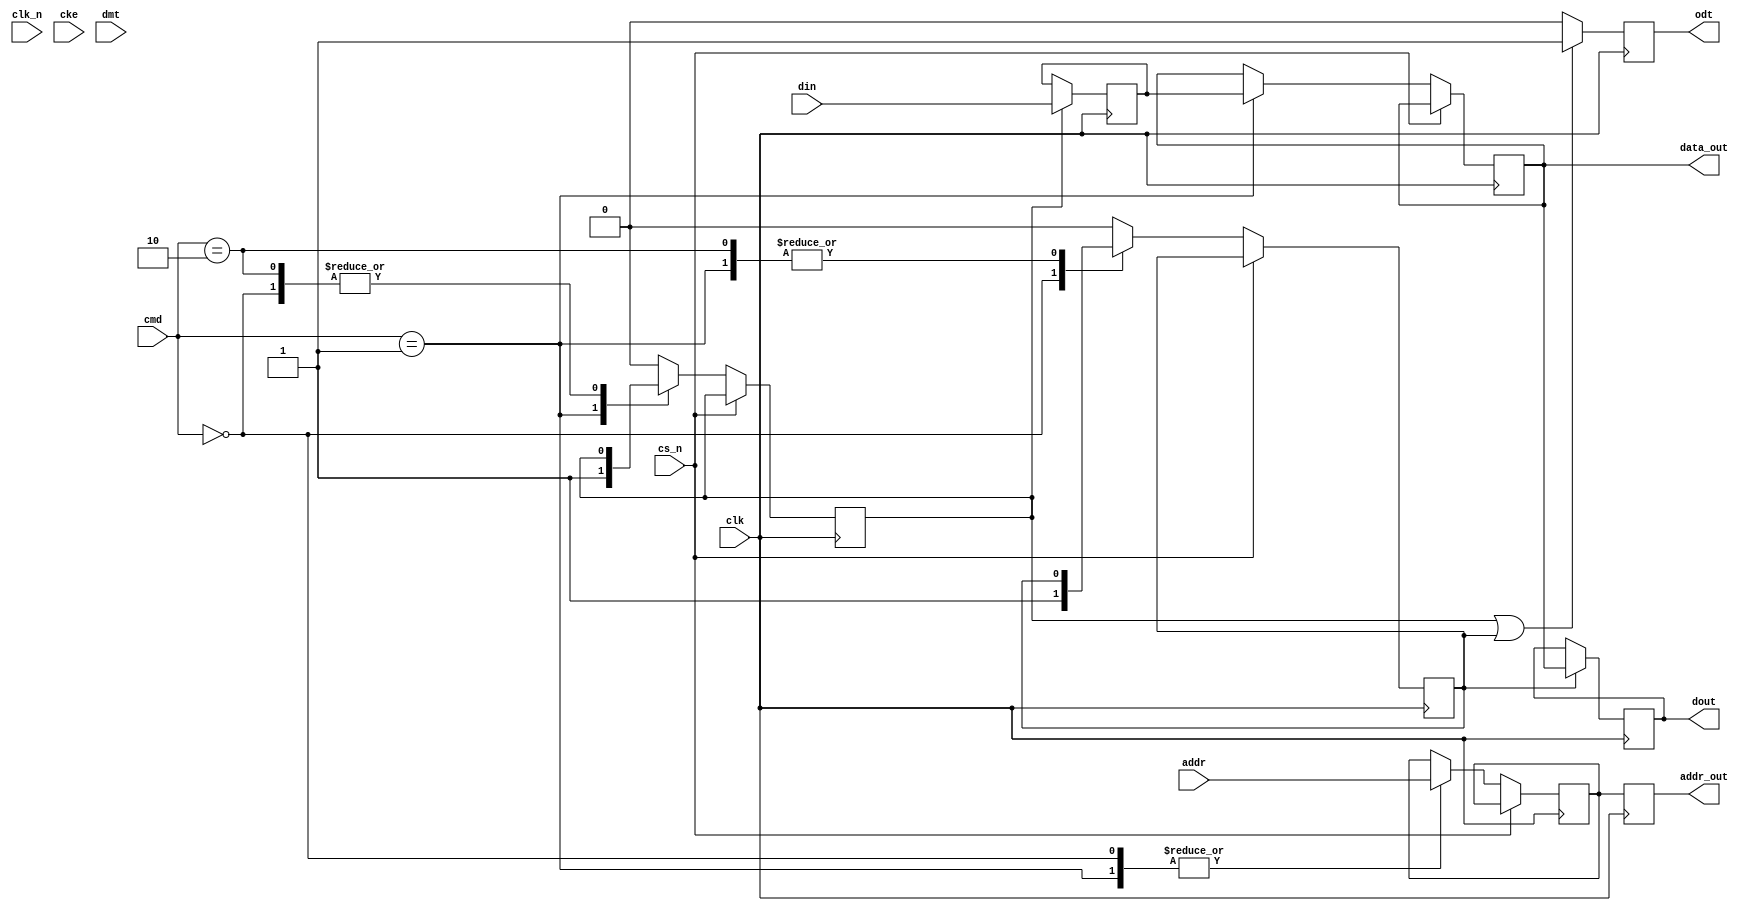
module ddr3_io_block (
    input wire clk,          // DDR3 clock
    input wire clk_n,        // Inverted DDR3 clock
    input wire cke,          // Clock enable
    input wire cs_n,         // Chip select (active low)
    input wire [15:0] din,   // Data input (16 bits)
    output reg [15:0] dout,   // Data output (16 bits)
    input wire [12:0] addr,   // Address input
    input wire [2:0] cmd,     // Command input (e.g., READ, WRITE)
    input wire dmt,           // Data mask input
    output reg odt,           // On-die termination control
    output reg [15:0] data_out, // Data output to DDR3
    output reg [12:0] addr_out // Address output to DDR3
);

    // Internal signals
    reg [15:0] data_buffer; // Buffer for data
    reg [12:0] addr_buffer; // Buffer for address
    reg write_enable;        // Write enable signal
    reg read_enable;         // Read enable signal

    // Command definitions
    localparam CMD_READ = 3'b000;
    localparam CMD_WRITE = 3'b001;
    localparam CMD_PRECHARGE = 3'b010;

    // Write leveling logic (simplified)
    reg [3:0] write_delay; // Delay for write leveling
    always @(posedge clk) begin
        if (write_enable) begin
            data_buffer <= din; // Capture data on write
            // Implement write leveling logic here
            // Adjust timing based on write_delay
        end
    end

    // Command and address handling
    always @(posedge clk) begin
        if (!cs_n) begin // Chip select active
            case (cmd)
                CMD_WRITE: begin
                    write_enable <= 1'b1;
                    addr_buffer <= addr; // Capture address
                    data_out <= data_buffer; // Output data
                end
                CMD_READ: begin
                    read_enable <= 1'b1;
                    addr_buffer <= addr; // Capture address
                end
                CMD_PRECHARGE: begin
                    // Handle precharge command
                end
                default: begin
                    write_enable <= 1'b0;
                    read_enable <= 1'b0;
                end
            endcase
        end
    end

    // Output data handling
    always @(negedge clk) begin
        if (read_enable) begin
            dout <= data_out; // Output data on read
        end
    end

    // ODT control
    always @(posedge clk) begin
        if (write_enable || read_enable) begin
            odt <= 1'b1; // Enable ODT during read/write
        end else begin
            odt <= 1'b0; // Disable ODT
        end
    end

    // Address output
    always @(posedge clk) begin
        addr_out <= addr_buffer; // Output address
    end

endmodule